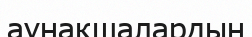
аунақшалардың